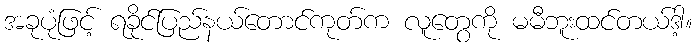
အခုပုံဖြင့် ရခိုင်ပြည်နယ်တောင်ကုတ်က လူတွေကို မမီဘူးထင်တယ်ဒါ့။